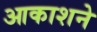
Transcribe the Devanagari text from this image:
आकाशने